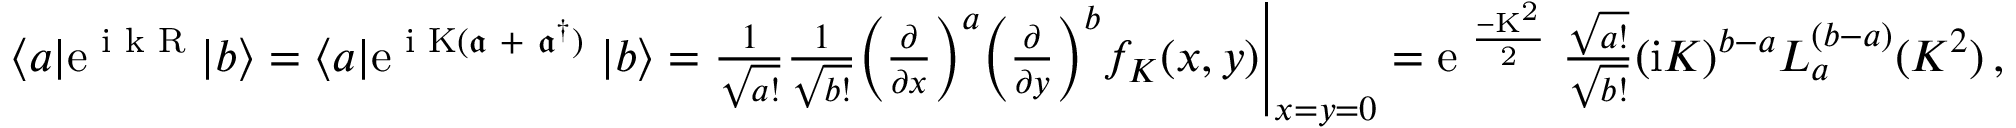
\begin{array} { r } { \langle a | \mathrm { e } ^ { \mathrm { \footnotesize ~ \mathrm { i } ~ k ~ R ~ } } | b \rangle = \langle a | \mathrm { e } ^ { \mathrm { \footnotesize ~ \mathrm { i } ~ K ( \mathfrak { a } ~ + ~ \mathfrak { a } ^ { \dagger } ) ~ } } | b \rangle = \frac { 1 } { \sqrt { a ! } } \frac { 1 } { \sqrt { b ! } } \Big ( \frac { \partial } { \partial x } \Big ) ^ { a } \Big ( \frac { \partial } { \partial y } \Big ) ^ { b } f _ { K } ( x , y ) \Bigg | _ { x = y = 0 } = \mathrm { e } ^ { \mathrm { \footnotesize ~ \frac { - K ^ { 2 } } { 2 } ~ } } \frac { \sqrt { a ! } } { \sqrt { b ! } } ( \mathrm { i } K ) ^ { b - a } L _ { a } ^ { ( b - a ) } ( K ^ { 2 } ) \, , } \end{array}